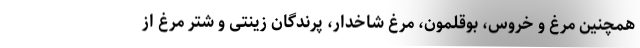
همچنین مرغ و خروس، بوقلمون، مرغ شاخدار، پرندگان زینتی و شتر مرغ از